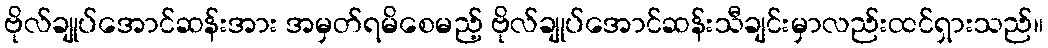
ဗိုလ်ချုပ်အောင်ဆန်းအား အမှတ်ရမိစေမည့် ဗိုလ်ချုပ်အောင်ဆန်းသီချင်းမှာလည်းထင်ရှားသည်။